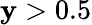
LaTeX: \mathbf{y}>0.5